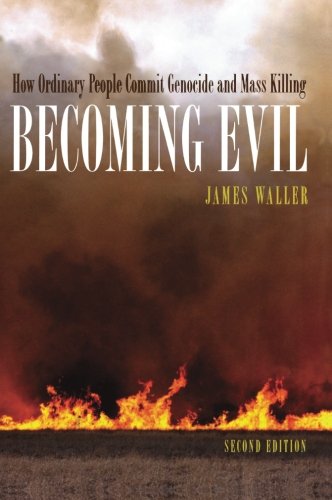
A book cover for Becoming Evil: How Ordinary People Commit Genocide and Mass Killing; James E. Waller; Politics & Social Sciences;